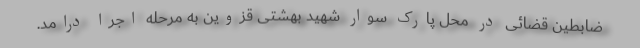
ضابطین قضائی در محل پارک سوار شهید بهشتی قزوین به مرحله اجرا درامد.